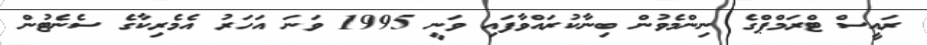
ރައީސް ޓްރަމްޕްގެ ނިންމެވުން ބިނާކުރައްވާފައި ވަނީ 1995 ވަނަ އަހަރު އެމެރިކާގެ ސެނެޓުން